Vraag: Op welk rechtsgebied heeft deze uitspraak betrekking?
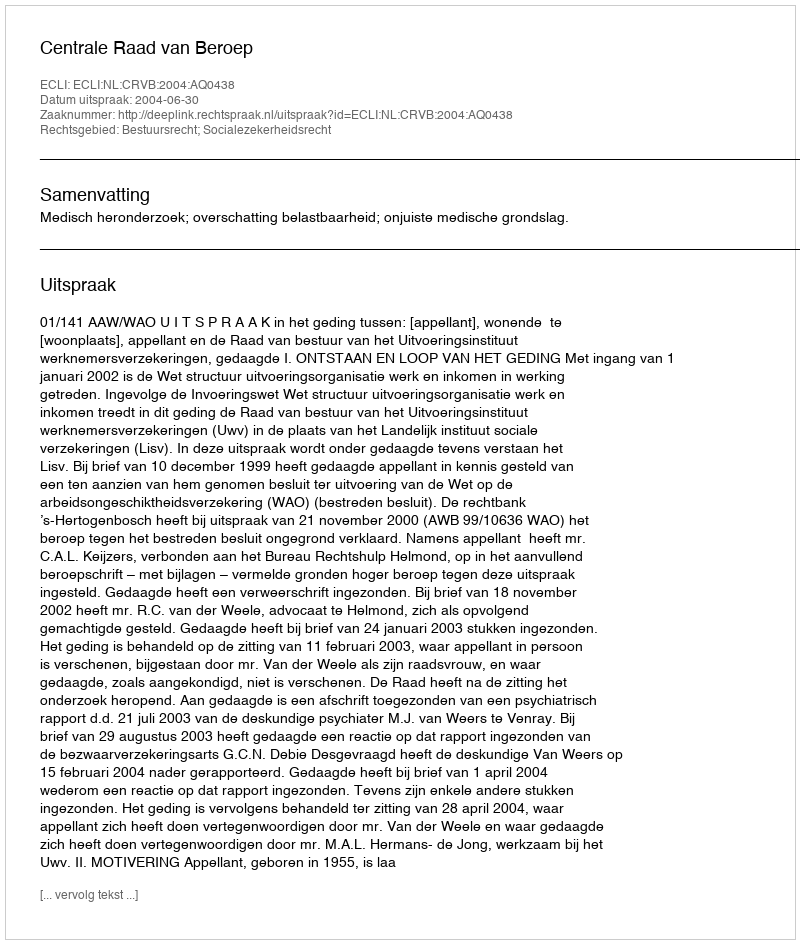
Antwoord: Bestuursrecht; Socialezekerheidsrecht